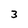
Character: 3